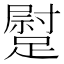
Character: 𨄯